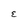
Character: e